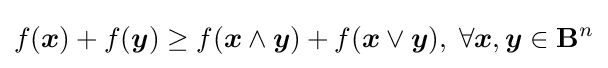
f({\boldsymbol {x}})+f({\boldsymbol {y}})\geq f({\boldsymbol {x}}\wedge {\boldsymbol {y}})+f({\boldsymbol {x}}\vee {\boldsymbol {y}}),\;\forall {\boldsymbol {x}},{\boldsymbol {y}}\in \mathbf {B} ^{n}